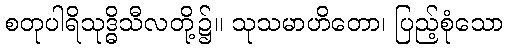
စတုပါရိသုဒ္ဓိသီလတို့၌။ သုသမာဟိတော၊ ပြည့်စုံသော